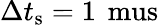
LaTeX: \Delta t_{\mathrm{s}}=1\, \mathrm{{\ mus}}